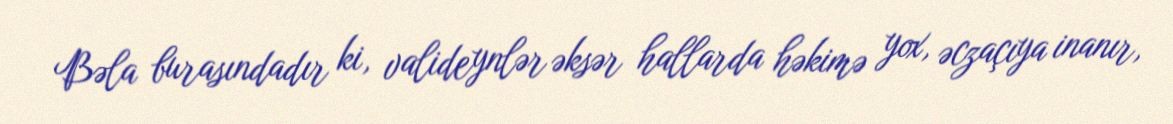
Bəla burasındadır ki, valideynlər əksər hallarda həkimə yox, əczaçıya inanır,